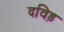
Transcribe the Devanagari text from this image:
दविड़